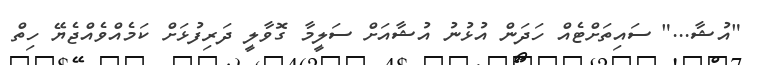
"އުޝާ..." ސައިތަށްޓެއް ހަދަން އުޅުނު އުޝާއަށް ސަލީމާ ގޮވާލީ ދަރިފުޅަށް ކަމެއްވެއްޖެޔޭ ހިތް